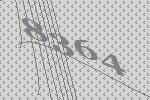
8364